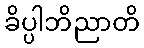
ခိပ္ပါဘိညာတိ